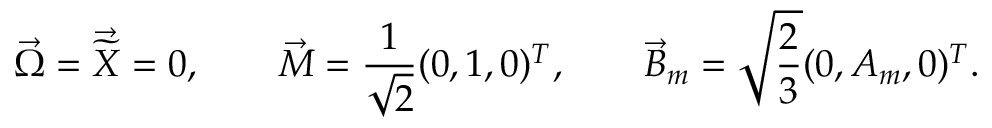
\vec { \Omega } = \vec { \widetilde { X } } = 0 , \qquad \vec { M } = \frac { 1 } { \sqrt { 2 } } ( 0 , 1 , 0 ) ^ { T } , \qquad \vec { B } _ { m } = \sqrt { \frac { 2 } { 3 } } ( 0 , A _ { m } , 0 ) ^ { T } .